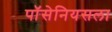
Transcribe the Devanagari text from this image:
पॉसेनियसला